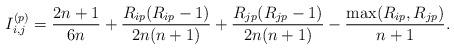
LaTeX: \begin{align*} I_{i,j}^{(p)} = \frac{2n+1}{6n} + \frac{R_{ip}(R_{ip}-1)}{2n(n+1)} + \frac{R_{jp}(R_{jp}-1)}{2n(n+1)} - \frac{\max(R_{ip}, R_{jp})}{n+1}.\end{align*}